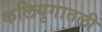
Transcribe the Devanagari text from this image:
कलियुगातली